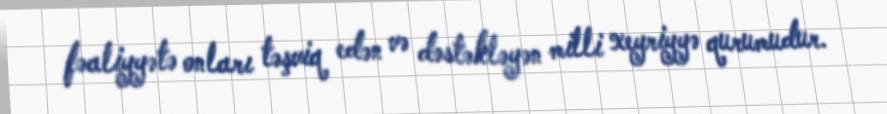
fəaliyyətə onları təşviq edən və dəstəkləyən milli xeyriyyə qurumudur.